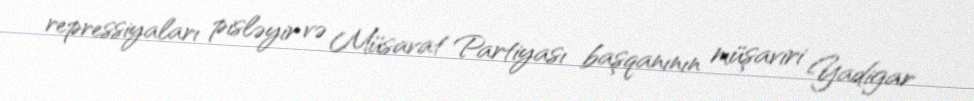
repressiyaları pisləyir və Müsavat Partiyası başqanının müşaviri Yadigar